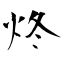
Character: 炵